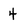
Character: 4